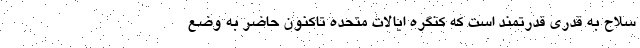
سلاح به قدری قدرتمند است که کنگره ایالات متحده تاکنون حاضر به وضع